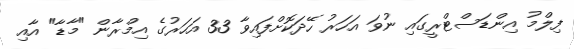
ފިލްމު އިންޑަސްޓްރީގައި ނުވަ އަހަރު ހޭދަކޮށްފައިވާ 33 އަހަރުގެ އިމްރާން "މާޑާ" އާއި